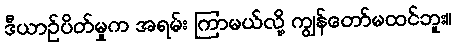
ဒီယာဉ်ပိတ်မှုက အရမ်း ကြာမယ်လို့ ကျွန်တော်မထင်ဘူး။